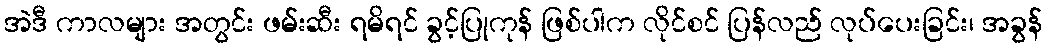
အဲဒီ ကာလများ အတွင်း ဖမ်းဆီး ရမိရင် ခွင့်ပြုကုန် ဖြစ်ပါက လိုင်စင် ပြန်လည် လုပ်ပေးခြင်း၊ အခွန်